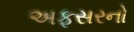
અફસરનો